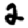
Digit: 2